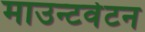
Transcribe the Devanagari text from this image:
माउन्टवेटन